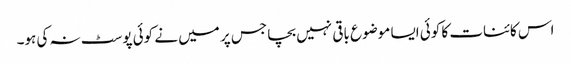
اس کائنات کا کوئی ایسا موضوع باقی نہیں بچا جس پر میں نے کوئی پوسٹ نہ کی ہو۔